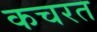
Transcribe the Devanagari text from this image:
कचरत